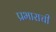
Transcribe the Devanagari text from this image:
प्रभाराची